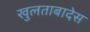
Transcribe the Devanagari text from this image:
खुलताबादेस